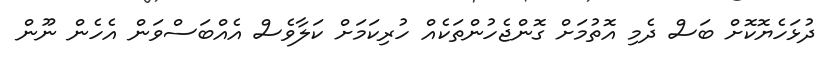
ދުޅަހެޔޮކޮށް ބަސް ދެމި އޮތުމަށް ގޮންޖެހުންތަކެއް ހުރިކަމަށް ކަލާވެސް އެއްބަސްވަން އެހެން ނޫން